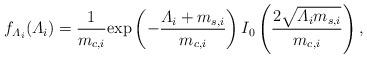
LaTeX: \begin{align*}f_{\varLambda_i}(\varLambda_i)=\frac{1}{m_{c,i}}\mathrm{exp}\left(-\frac{\varLambda_i+m_{s,i}}{m_{c,i}}\right)I_0\left(\frac{2\sqrt{\varLambda_im_{s,i}}}{m_{c,i}}\right),\end{align*}